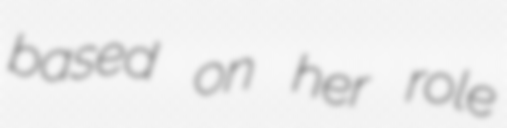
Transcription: based on her role